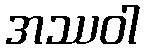
အဿဝါ